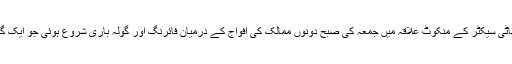
مینڈھر کے کرشنا گھاٹی سیکٹر کے منکوٹ علاقہ میں جمعہ کی صبح دونوں ممالک کی افواج کے درمیان فائرنگ اور گولہ باری شروع ہوئی جو ایک گھنٹہ تک جاری رہی ۔